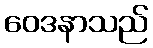
ဝေဒနာသည်